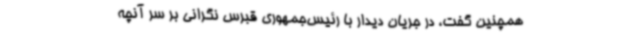
همچنین گفت، در جریان دیدار با رئیس‌جمهوری قبرس نگرانی بر سر آنچه